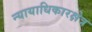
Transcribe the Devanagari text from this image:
न्यायाधिकारक्षेत्र